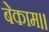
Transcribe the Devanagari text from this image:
बेकाम।।